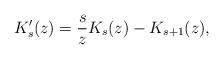
LaTeX: \begin{align*} K_s'(z) = \frac sz K_s(z) - K_{s+1}(z), \end{align*}